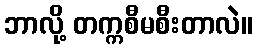
ဘာလို့ တက္ကစီမစီးတာလဲ။